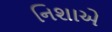
નિશાએ